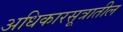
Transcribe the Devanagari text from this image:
अधिकारसूत्रातील